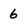
Character: 6